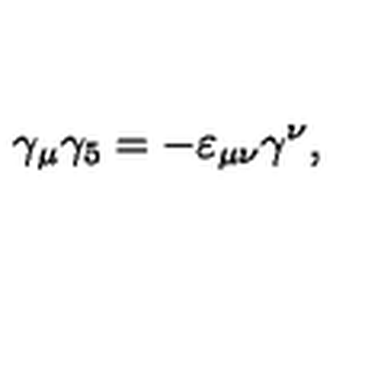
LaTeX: \gamma _ { \mu } \gamma _ { 5 } = - \varepsilon _ { \mu \nu } \gamma ^ { \nu } ,